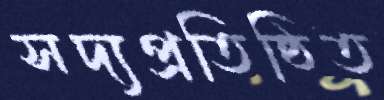
সদ্যপ্রতিষ্ঠিত